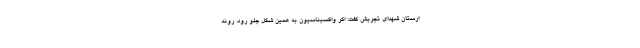
ارستان شهدای تجریش گفت: اگر واکسیناسیون به همین شکل جلو رود، روند